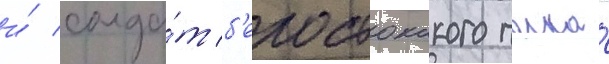
и́ солда́т б'елостокского полка́